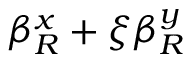
\beta _ { R } ^ { x } + \xi \beta _ { R } ^ { y }